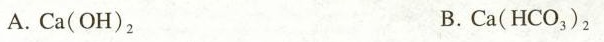
A. Ca( OH)_{2} B. Ca(HCO _{3})_{2}